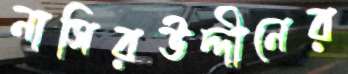
নাসিরউদ্দীনের